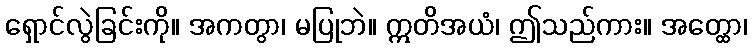
ရှောင်လွဲခြင်းကို။ အကတွာ၊ မပြုဘဲ။ ဣတိအယံ၊ ဤသည်ကား။ အတ္ထော၊